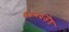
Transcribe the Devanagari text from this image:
६३२३जेड